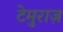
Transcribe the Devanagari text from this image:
टेमुराज़